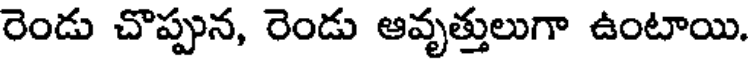
రెండు చొప్పున, రెండు ఆవృత్తులుగా ఉంటాయి.